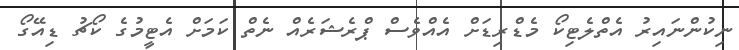
ނިކުންނައިރު އެތްލެޓިކޯ މެޑްރިޑަށް އެއްވެސް ޕްރެޝަރެއް ނެތް ކަމަށް އެޓީމުގެ ކޯޗު ޑިއޭގޯ